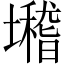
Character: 𡓈